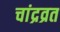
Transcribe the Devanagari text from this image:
चांद्रव्रत